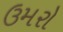
ઉમરો